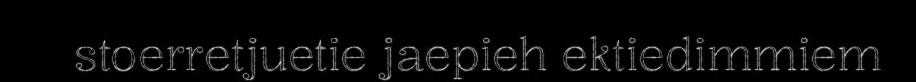
stoerretjuetie jaepieh ektiedimmiem